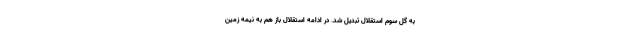
به گل سوم استقلال تبدیل شد. در ادامه استقلال باز هم به نیمه زمین